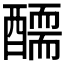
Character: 𨢾